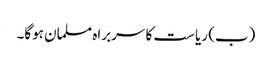
(ب) ریاست کا سربراہ مسلمان ہوگا۔